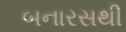
બનારસથી